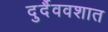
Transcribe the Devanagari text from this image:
दुर्दैववशात